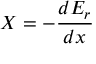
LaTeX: X = - { \frac { d E _ { r } } { d x } }